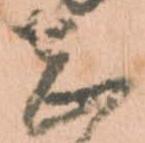
志